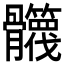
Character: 𩪻